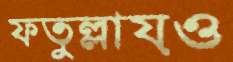
ফতুল্লায়ও